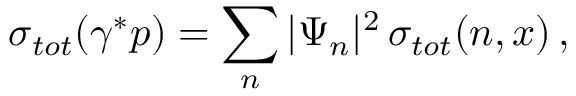
\sigma _ { t o t } ( \gamma ^ { * } p ) = \sum _ { n } | \Psi _ { n } | ^ { 2 } \, \sigma _ { t o t } ( n , x ) \, ,